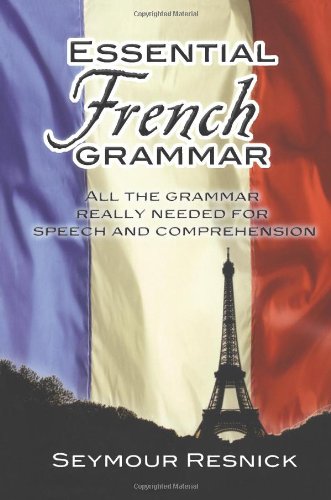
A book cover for Essential French Grammar (Dover Language Guides Essential Grammar); Seymour Resnick; Travel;